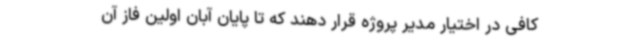
کافی در اختیار مدیر پروژه قرار دهند که تا پایان آبان اولین فاز آن